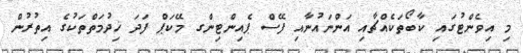
މި އިވެންޓުގައި ކާބޯތަކެއްޗާއި އަންނައުނާއި ފޭސް ޕެއިންޓިންގ މޭކަޕް ފަދަ ޚިދުމަތްތަކުގެ އިތުރުން